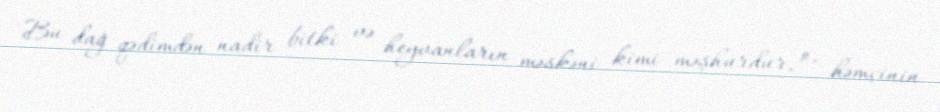
Bu dağ qədimdən nadir bitki və heyvanların məskəni kimi məşhurdur, o, həmçinin